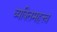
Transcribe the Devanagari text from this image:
व्यक्‍तिमहत्त्व